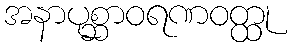
အနာပုစ္ဆာဝရဏဝတ္ထု